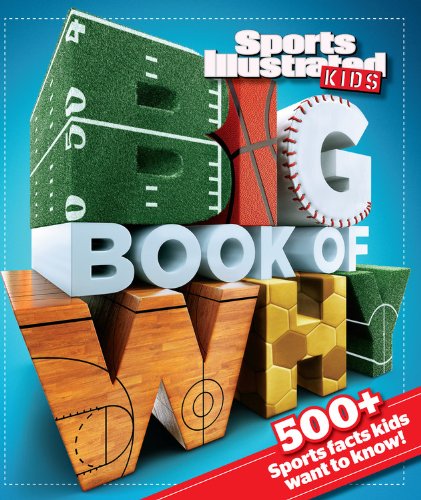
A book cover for Sports Illustrated Kids Big Book of Why Sports Edition; The Editors of Sports Illustrated Kids; Children's Books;